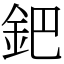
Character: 鈀